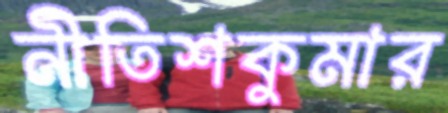
নীতিশকুমার